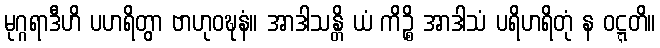
မုဂ္ဂရာဒီဟိ ပဟရိတွာ ဗာဟုဝဍ္ဎနံ။ အာဒါသန္တိ ယံ ကိဉ္စိ အာဒါသံ ပရိဟရိတုံ န ဝဋ္ဋတိ။